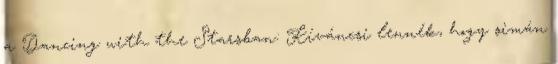
a Dancing with the Starsban: Kíváncsi lennék, hogy simán